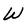
Character: w